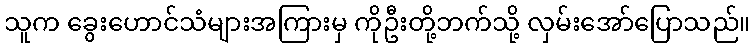
သူက ခွေးဟောင်သံများအကြားမှ ကိုဦးတို့ဘက်သို့ လှမ်းအော်ပြောသည်။